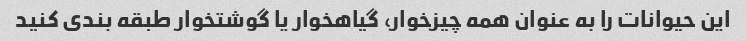
این حیوانات را به عنوان همه چیزخوار، گیاهخوار یا گوشتخوار طبقه بندی کنید